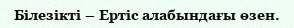
Білезікті – Ертіс алабындағы өзен.